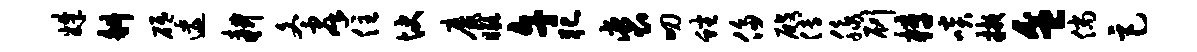
姝斜砥逶耕冬群住快靡瞰午犯裘叨蟠侈殿傅脉刷梓啖掖盆倘巨